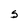
Character: s